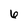
Character: 6